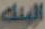
البنك